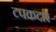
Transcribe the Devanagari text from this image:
टपकदार